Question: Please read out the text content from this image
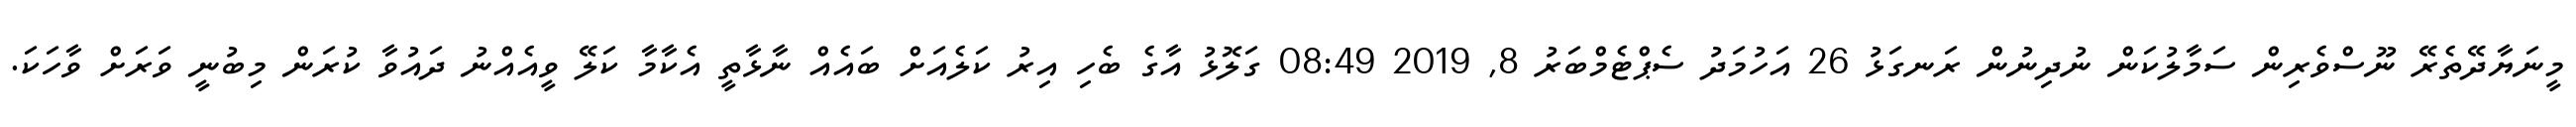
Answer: މީނަޔާދޭތެރޭ ނޫސްވެރިން ސަމާލުކަން ނުދިނުން ރަނގަޅު 26 އަހުމަދު ސެޕްޓެމްބަރު 8, 2019 08:49 ގަލޮޅު އާގެ ބެހި އިރު ކަލެއަށް ބައެއް ނާޅާތީ އެކާމާ ކަލޭ ވީއެއްނު ދައުވާ ކުރަން މިބުނީ ވަރަށް ވާހަކަ.